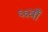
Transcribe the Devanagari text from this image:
६६वाँ